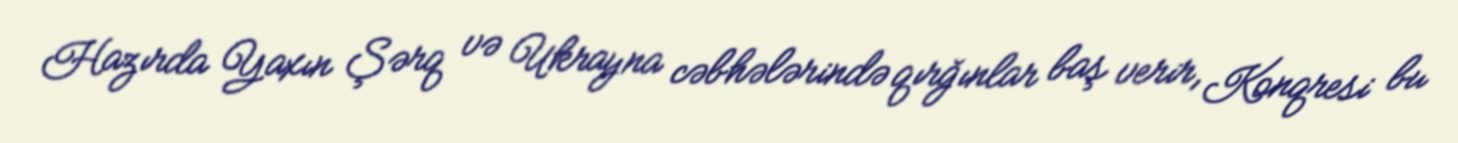
Hazırda Yaxın Şərq və Ukrayna cəbhələrində qırğınlar baş verir, Konqresi bu